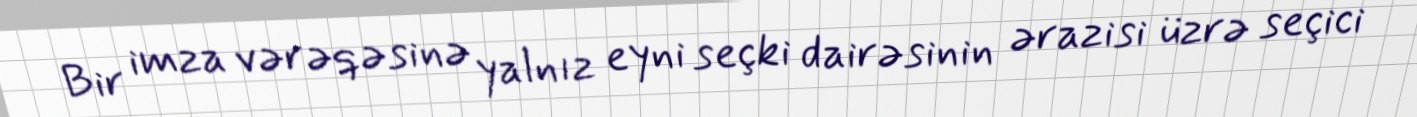
Bir imza vərəqəsinə yalnız eyni seçki dairəsinin ərazisi üzrə seçici